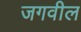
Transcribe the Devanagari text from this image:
जगवील